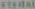
FERRAL